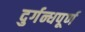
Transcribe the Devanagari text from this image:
दुर्गन्धपूर्ण